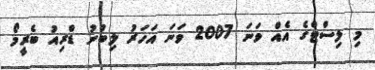
މި ލިސްޓްގެ އެއް ވަނަ 2007 ވަނަ އަހަރު ލިބުނު ޑްރިއު ބެރީމޯ